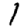
Digit: 1